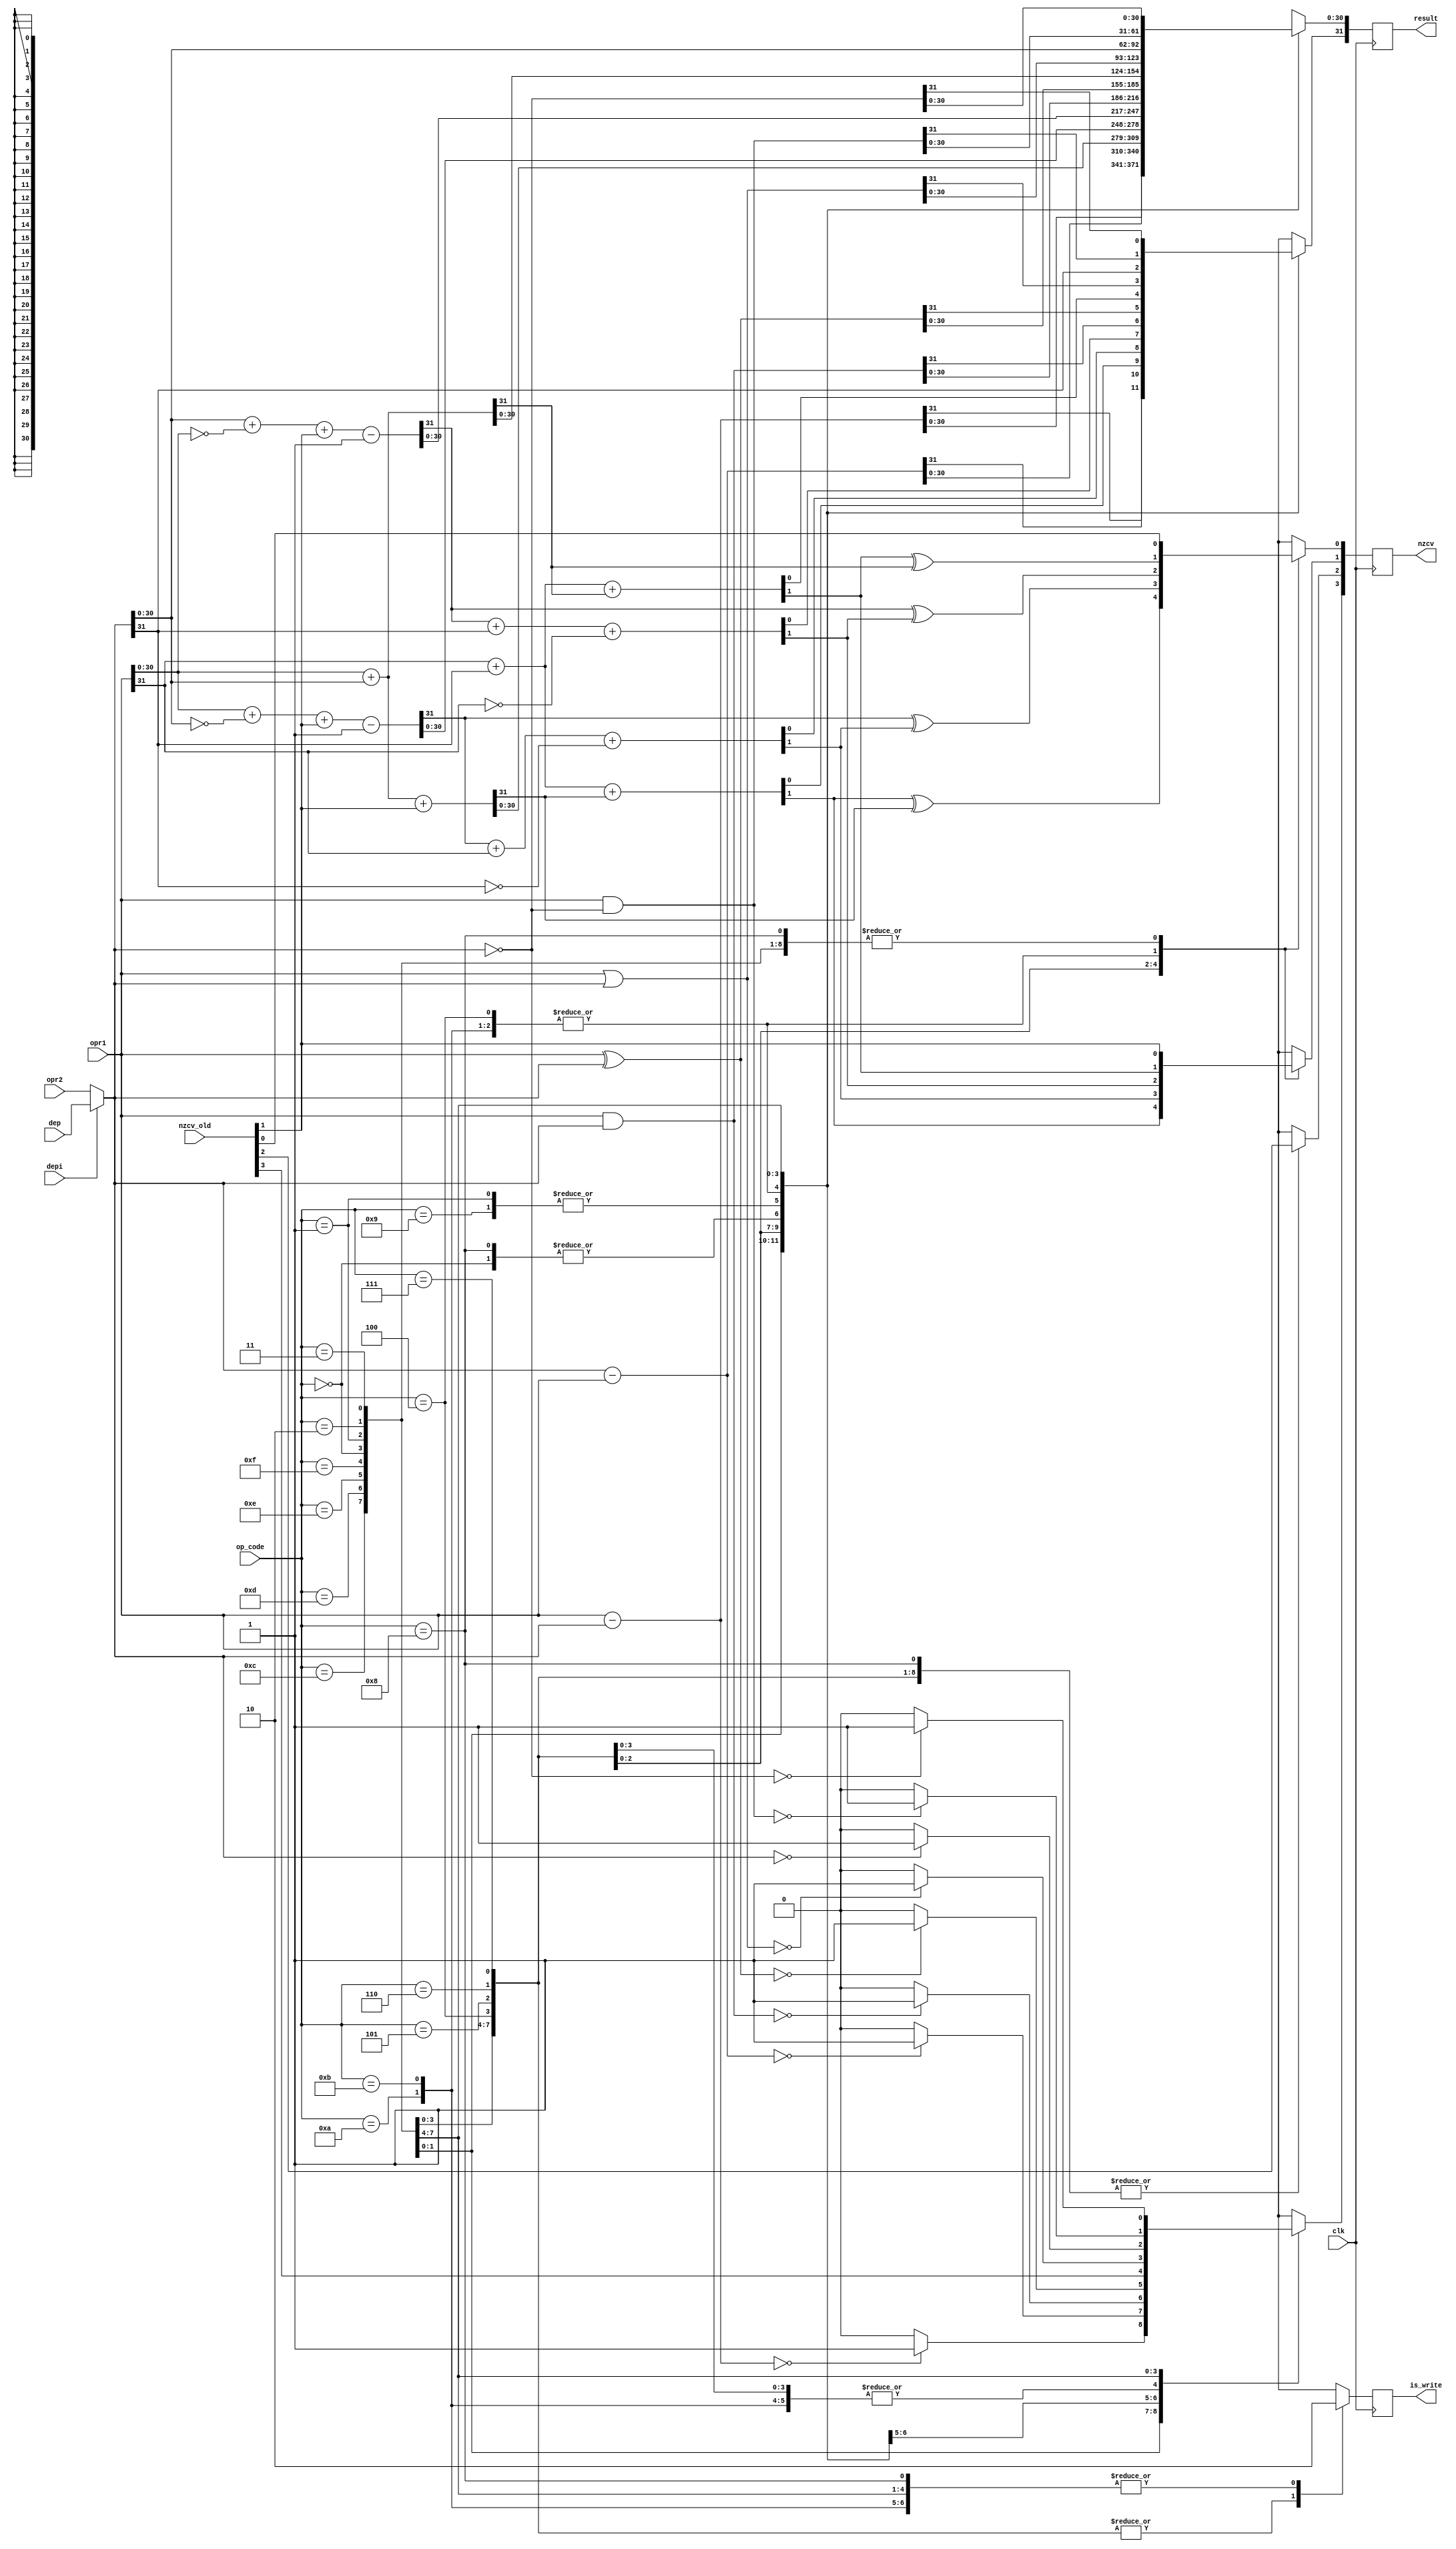
`timescale 1ns / 1ps
//////////////////////////////////////////////////////////////////////////////////
// Company: 
// Engineer: 
// 
// Design Name: 
// Module Name: execute
// Project Name: 
// Target Devices: 
// Tool Versions: 
// Description: 
// 
// Dependencies: 
// 
// Revision:
// Revision 0.01 - File Created
// Additional Comments:
// 
//////////////////////////////////////////////////////////////////////////////////

module execute(clk,nzcv_old,op_code,opr1,opr2,depi,dep,result,is_write,nzcv);

input clk,depi;
input [3:0]nzcv_old;
input [3:0]op_code;
input [31:0]opr1,opr2,dep;
output reg [31:0]result;
output reg [3:0]nzcv;
reg [31:0]operand2;
reg cin, cout;
output reg is_write;

always @(negedge clk)
begin
    if(depi==1)
        operand2 = dep;
    else
        operand2 = opr2;
    case(op_code)
    4'b0000: 
    begin
        result = opr1 & operand2;
        if(result==0)
            nzcv[3] <= 1'b1;
        else
            nzcv[3] <= 1'b0;
        nzcv[2:0] <= nzcv_old[2:0];
        is_write = 1;
    end 
    4'b0001:
    begin
        result = opr1 ^ operand2;
        if(result==0)
            nzcv[3] <= 1'b1;
        else
            nzcv[3] <= 1'b0;
        nzcv[2:0] <= nzcv_old[2:0];
        is_write = 1;
    end 
    4'b0010:
    begin
        result = opr1 - operand2;
        if(result==0)
            nzcv[3] <= 1'b1;
        else
            nzcv[3] <= 1'b0;
        nzcv[2:0] <= nzcv_old[2:0];
        is_write = 1;
    end
    4'b0011:
    begin
        result = operand2 - opr1;
        if(result==0)
            nzcv[3] <= 1'b1;
        else
            nzcv[3] <= 1'b0;
        nzcv[2:0] <= nzcv_old[2:0];
        is_write = 1;
    end
    4'b0100:
    begin 
        {cin, result[30:0]} = opr1[30:0]+operand2[30:0];
        {cout, result[31]} = opr1[31]+operand2[31]+cin;
        nzcv[1] <= cout; //carry output 
        nzcv[0] <= cout^cin;
        nzcv[3:2] <= nzcv_old[3:2];
        is_write = 1;
    end
    4'b0101:
    begin
        {cin, result[30:0]} = opr1[30:0]+operand2[30:0] + nzcv_old[1];
        {cout, result[31]} = opr1[31]+operand2[31]+cin;
        nzcv[1] <= cout; //carry output 
        nzcv[0] <= cout^cin;
        nzcv[3:2] <= nzcv_old[3:2];
        is_write = 1;
    end 
    4'b0110:
    begin
        {cin, result[30:0]} = opr1[30:0]+ ~operand2[30:0]+ nzcv_old[1] -1; 
        {cout, result[31]} = cin + opr1[31]+ ~operand2[31];
	    nzcv[1]  <= cout;	//carry flag
	    nzcv[0] <= cin^cout;
	    nzcv[3:2] <= nzcv_old[3:2];
	    is_write = 1;
    end
    4'b0111:
    begin
        {cin, result[30:0]} = operand2[30:0]+ ~opr1[30:0]+ nzcv_old[1] -1; 
	    {cout, result[31]} = cin + operand2[31] + ~opr1[31];
		nzcv[1] <= cout;	//carry flag
		nzcv[0] <= cin^cout;
        nzcv[3:2] <= nzcv_old[3:2];
        is_write = 1;
    end
    4'b1000:
    begin
        result = opr1 & operand2;
        if(result==0)
            nzcv[3] <= 1'b1;
        else
            nzcv[3] <= 1'b0;
        nzcv[2:0] <= nzcv_old[2:0];
        is_write = 0;
    end
    4'b1001:
    begin
        result = opr1 ^ operand2;
        if(result==0)
            nzcv[3] <= 1'b1;
        else
            nzcv[3] <= 1'b0;
        nzcv[2:0] <= nzcv_old[2:0];
        is_write = 0;
    end
    4'b1010:
    begin 
        {cin, result[30:0]} = opr1[30:0]+operand2[30:0];
        {cout, result[31]} = opr1[31]+operand2[31]+cin;
        nzcv[1] <= cout; //carry output 
        nzcv[0] <= cout^cin;
        nzcv[3:2] <= nzcv_old[3:2];
        is_write = 0;
    end
    4'b1011:
    begin
        {cin, result[30:0]} = opr1[30:0]+operand2[30:0];
        {cout, result[31]} = opr1[31]+operand2[31]+cin;
        nzcv[1] <= cout; //carry output 
        nzcv[0] <= cout^cin;
        nzcv[3:2] <= nzcv_old[3:2];
        is_write = 0;
    end
    4'b1100:
    begin
        result = opr1 | operand2;
        if(result==0)
            nzcv[3] <= 1'b1;
        else
            nzcv[3] <= 1'b0;
        nzcv[2:0] <= nzcv_old[2:0];
        is_write = 0;
    end
    4'b1101:
    begin
        result = operand2;
        if(result==0)
            nzcv[3] <= 1'b1;
        else
            nzcv[3] <= 1'b0;
        nzcv[2:0] <= nzcv_old[2:0];
        is_write = 0;
    end
    4'b1110:
    begin
        result = opr1 & (~operand2);
        if(result==0)
            nzcv[3] <= 1'b1;
        else
            nzcv[3] <= 1'b0;
        nzcv[2:0] <= nzcv_old[2:0];
        is_write = 0;
    end
    4'b1111:
    begin
        result = ~operand2;
        if(result==0)
            nzcv[3] <= 1'b1;
        else
            nzcv[3] <= 1'b0;
        nzcv[2:0] <= nzcv_old[2:0];
        is_write = 0;
    end
    default:
        nzcv <= nzcv_old;
    endcase    
end
endmodule